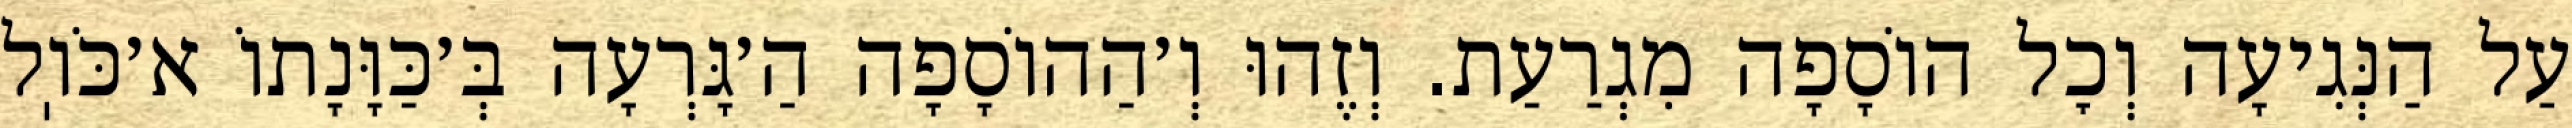
עַל הַנְּגִיעָה וְכׇל הוֹסָפָה מִגְרַעַת. וְזֶהוּ וְ׳הַהוֹסָפָה הַ׳גָּרְעָה בְּ׳כַּוָּנָתוֹ א׳כֹּוֽל